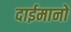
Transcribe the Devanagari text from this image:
दाईमानो